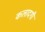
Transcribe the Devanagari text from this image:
कलादगी